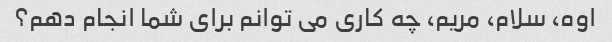
اوه، سلام، مریم، چه کاری می توانم برای شما انجام دهم؟